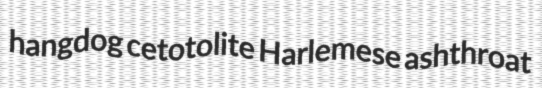
hangdog cetotolite Harlemese ashthroat